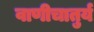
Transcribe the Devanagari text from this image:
वाणीचातुर्य